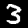
Label: 3